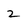
Character: 2